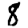
Digit: 8